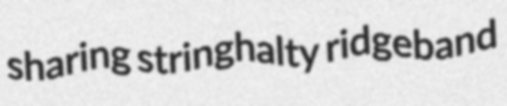
sharing stringhalty ridgeband